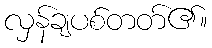
လှန်ချပစ်တတ်၏။